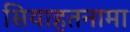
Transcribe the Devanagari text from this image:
सियाहतनामा